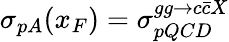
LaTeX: \sigma_{pA}(x_{F})=\sigma_{pQCD}^{gg\to c\bar{c}X}